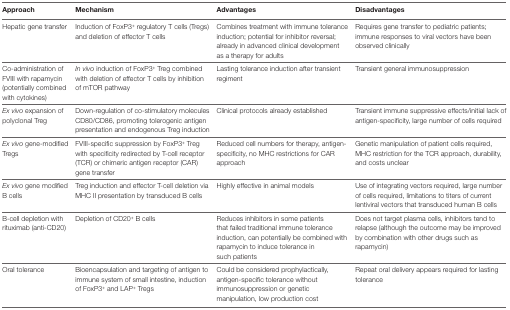
<table><thead><tr><td><b>Approach</b></td><td><b>Mechanism</b></td><td><b>Advantages</b></td><td><b>Disadvantages</b></td></tr></thead><tbody><tr><td>Hepatic gene transfer</td><td>Induction of FoxP3<sup>+</sup> regulatory T cells (Tregs) and deletion of effector T cells</td><td>Combines treatment with immune tolerance induction; potential for inhibitor reversal; already in advanced clinical development as a therapy for adults</td><td>Requires gene transfer to pediatric patients; immune responses to viral vectors have been observed clinically</td></tr><tr><td>Co-administration of FVIII with rapamycin (potentially combined with cytokines)</td><td><i>In vivo</i> induction of FoxP3<sup>+</sup> Treg combined with deletion of effector T cells by inhibition of mTOR pathway</td><td>Lasting tolerance induction after transient regiment</td><td>Transient general immunosuppression</td></tr><tr><td><i>Ex vivo</i> expansion of polyclonal Treg</td><td>Down-regulation of co-stimulatory molecules CD80/CD86, promoting tolerogenic antigen presentation and endogenous Treg induction</td><td>Clinical protocols already established</td><td>Transient immune suppressive effects/initial lack of antigen-specificity, large number of cells required</td></tr><tr><td><i>Ex vivo</i> gene-modified Tregs</td><td>FVIII-specific suppression by FoxP3<sup>+</sup> Treg with specificity redirected by T-cell receptor (TCR) or chimeric antigen receptor (CAR) gene transfer</td><td>Reduced cell numbers for therapy, antigen-specificity, no MHC restrictions for CAR approach</td><td>Genetic manipulation of patient cells required, MHC restriction for the TCR approach, durability, and costs unclear</td></tr><tr><td><i>Ex vivo</i> gene modified B cells</td><td>Treg induction and effector T-cell deletion via MHC II presentation by transduced B cells</td><td>Highly effective in animal models</td><td>Use of integrating vectors required, large number of cells required, limitations to titers of current lentiviral vectors that transduced human B cells</td></tr><tr><td>B-cell depletion with rituximab (anti-CD20)</td><td>Depletion of CD20<sup>+</sup> B cells</td><td>Reduces inhibitors in some patients that failed traditional immune tolerance induction, can potentially be combined with rapamycin to induce tolerance in such patients</td><td>Does not target plasma cells, inhibitors tend to relapse (although the outcome may be improved by combination with other drugs such as rapamycin)</td></tr><tr><td>Oral tolerance</td><td>Bioencapsulation and targeting of antigen to immune system of small intestine, induction of FoxP3<sup>+</sup> and LAP<sup>+</sup> Tregs</td><td>Could be considered prophylactically, antigen-specific tolerance without immunosuppression or genetic manipulation, low production cost</td><td>Repeat oral delivery appears required for lasting tolerance</td></tr></tbody></table>